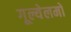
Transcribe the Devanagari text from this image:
गूल्येलमो